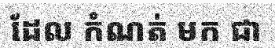
ដែល កំណត់ មក ជា